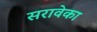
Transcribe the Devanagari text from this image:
सरावेका